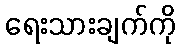
ရေးသားချက်ကို